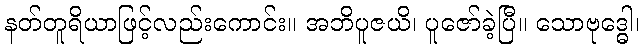
နတ်တူရိယာဖြင့်လည်းကောင်း။ အဘိပူဇယိ၊ ပူဇော်ခဲ့ပြီ။ သောဗုဒ္ဓေါ၊